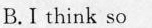
B.I think so